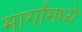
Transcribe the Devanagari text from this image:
मार्गांमध्ये